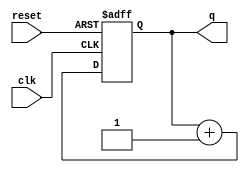
module async_reset_example (
    input wire clk,        // Clock signal
    input wire reset,      // Asynchronous reset signal
    output reg [7:0] q     // Output state signal (8-bit for example)
);

// Define the reset value
localparam RESET_VALUE = 8'b00000000;

always @(posedge clk or posedge reset) begin
    if (reset) begin
        // Asynchronous reset: set output to reset value
        q <= RESET_VALUE;
    end else begin
        // Normal operation: update output on clock edge
        // Here you can define your state transition logic
        // For example, incrementing the output
        q <= q + 1; // Example operation
    end
end

endmodule